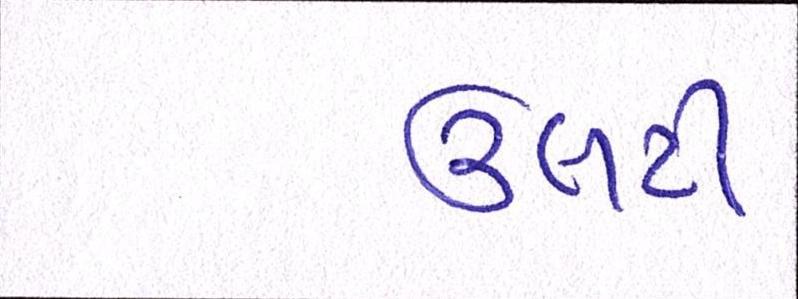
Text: ઉલટી